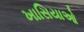
ખાસિયાઓ